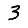
Digit: 3